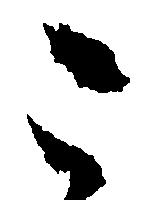
こ